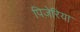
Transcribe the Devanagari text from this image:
पिज़ेरिया